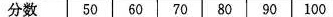
分数 50 60 70 80 90 100